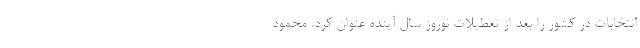
انتخابات در کشور را بعد از تعطیلات نوروز سال آینده عنوان کرد. محمود